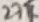
Text: 27K